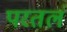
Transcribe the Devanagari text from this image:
परतलं